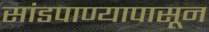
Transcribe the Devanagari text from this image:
सांडपाण्यापासून